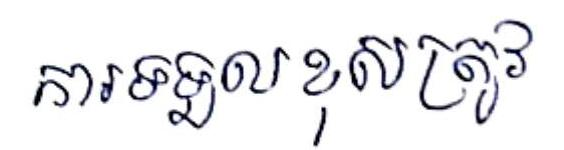
ការទទួលខុសត្រូវ